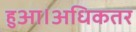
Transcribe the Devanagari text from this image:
हुआ।अधिकतर